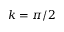
k = \pi / 2